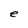
Character: e